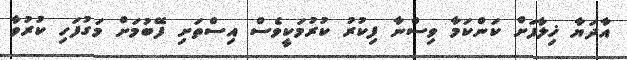
އާދަޔާ ޚިލާފަށް ކަންކަމާ ވިސްނާ ފިކުރު ކުރުމަކީވެސް އިސްތަށި ފޭބުމަށް މަގުފަހި ކުރުވާ